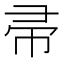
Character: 帚